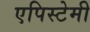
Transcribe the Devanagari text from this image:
एपिस्टेमी